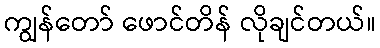
ကျွန်တော် ဖောင်တိန် လိုချင်တယ်။